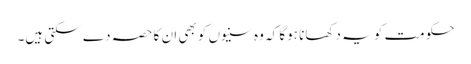
حکومت کو یہ دکھانا ہوگا کہ وہ سنیوں کو بھی ان کا حصہ دے سکتی ہیں۔